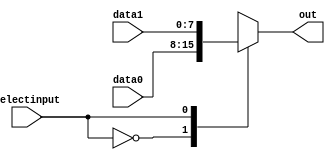

module mux8_2to1(data0,data1,selectinput,out);
input [7:0] data0,data1;
input selectinput;
output reg [7:0] out;

always @(*)
begin
case (selectinput)
	0:
	out = data0;
	1:
	out = data1;
	default:
	out = data0;
endcase
end
endmodule